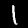
Label: 1